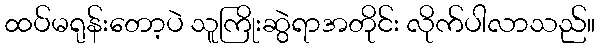
ထပ်မရုန်းတော့ပဲ သူကြိုးဆွဲရာအတိုင်း လိုက်ပါလာသည်။